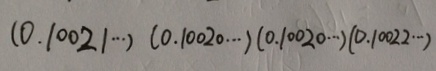
( 0 . 1 0 0 2 1 \cdots ) ( 0 . 1 0 0 2 0 \cdots ) ( 0 . 1 0 0 2 \cdots ) ( 0 . 1 0 0 2 2 \cdots )